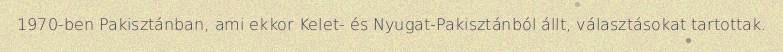
1970-ben Pakisztánban, ami ekkor Kelet- és Nyugat-Pakisztánból állt, választásokat tartottak.